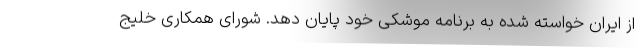
از ایران خواسته شده به برنامه موشکی خود پایان دهد. شورای همکاری خلیج